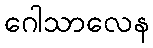
ဂေါသာလေန